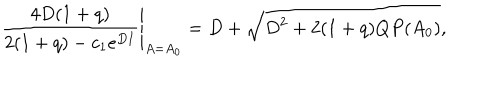
LaTeX: \frac { 4 D ( 1 + q ) } { 2 ( 1 + q ) - c _ { 1 } e ^ { D I } } \Bigg \vert _ { A = A _ { 0 } } = D + \sqrt { D ^ { 2 } + 2 ( 1 + q ) Q P ( A _ { 0 } ) } ,